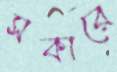
সকারে